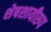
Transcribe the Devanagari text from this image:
शेषशायीरुप